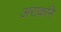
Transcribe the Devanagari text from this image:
अराकनि